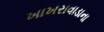
ખાખરાવાડાના